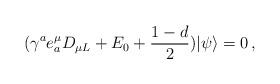
LaTeX: \begin{align*}(\gamma^a e_a^\mu D_{\mu L}+E_0+\frac{1-d}{2})|\psi\rangle=0\,,\end{align*}